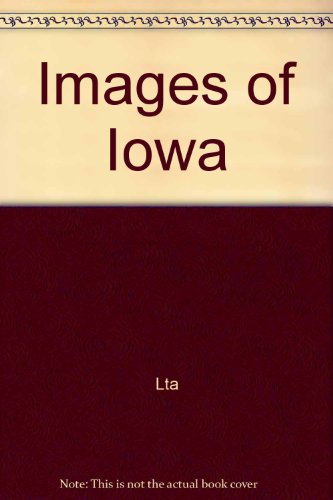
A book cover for Images of Iowa; Lta; Travel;